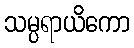
သမ္ပရာယိကော